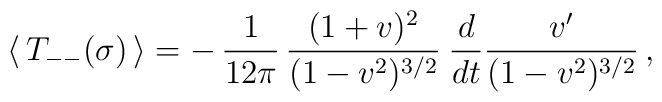
\langle\, T_{--}(\sigma)\, \rangle =-\,\frac{1}{12\pi}\,\frac{(1+v)^{2}}{(1-v^{2})^{3/2}}\:\frac{d}{dt}\frac{v'}{(1-v^{2})^{3/2}} \,,